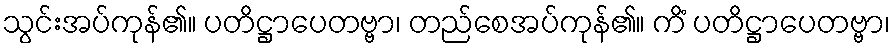
သွင်းအပ်ကုန်၏။ ပတိဋ္ဌာပေတဗ္ဗာ၊ တည်စေအပ်ကုန်၏။ ကိံ ပတိဋ္ဌာပေတဗ္ဗာ၊